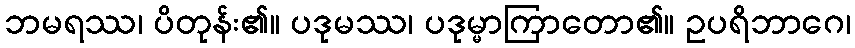
ဘမရဿ၊ ပိတုန်း၏။ ပဒုမဿ၊ ပဒုမ္မာကြာတော၏။ ဥပရိဘာဂေ၊